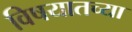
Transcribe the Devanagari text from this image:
विषयातच्या